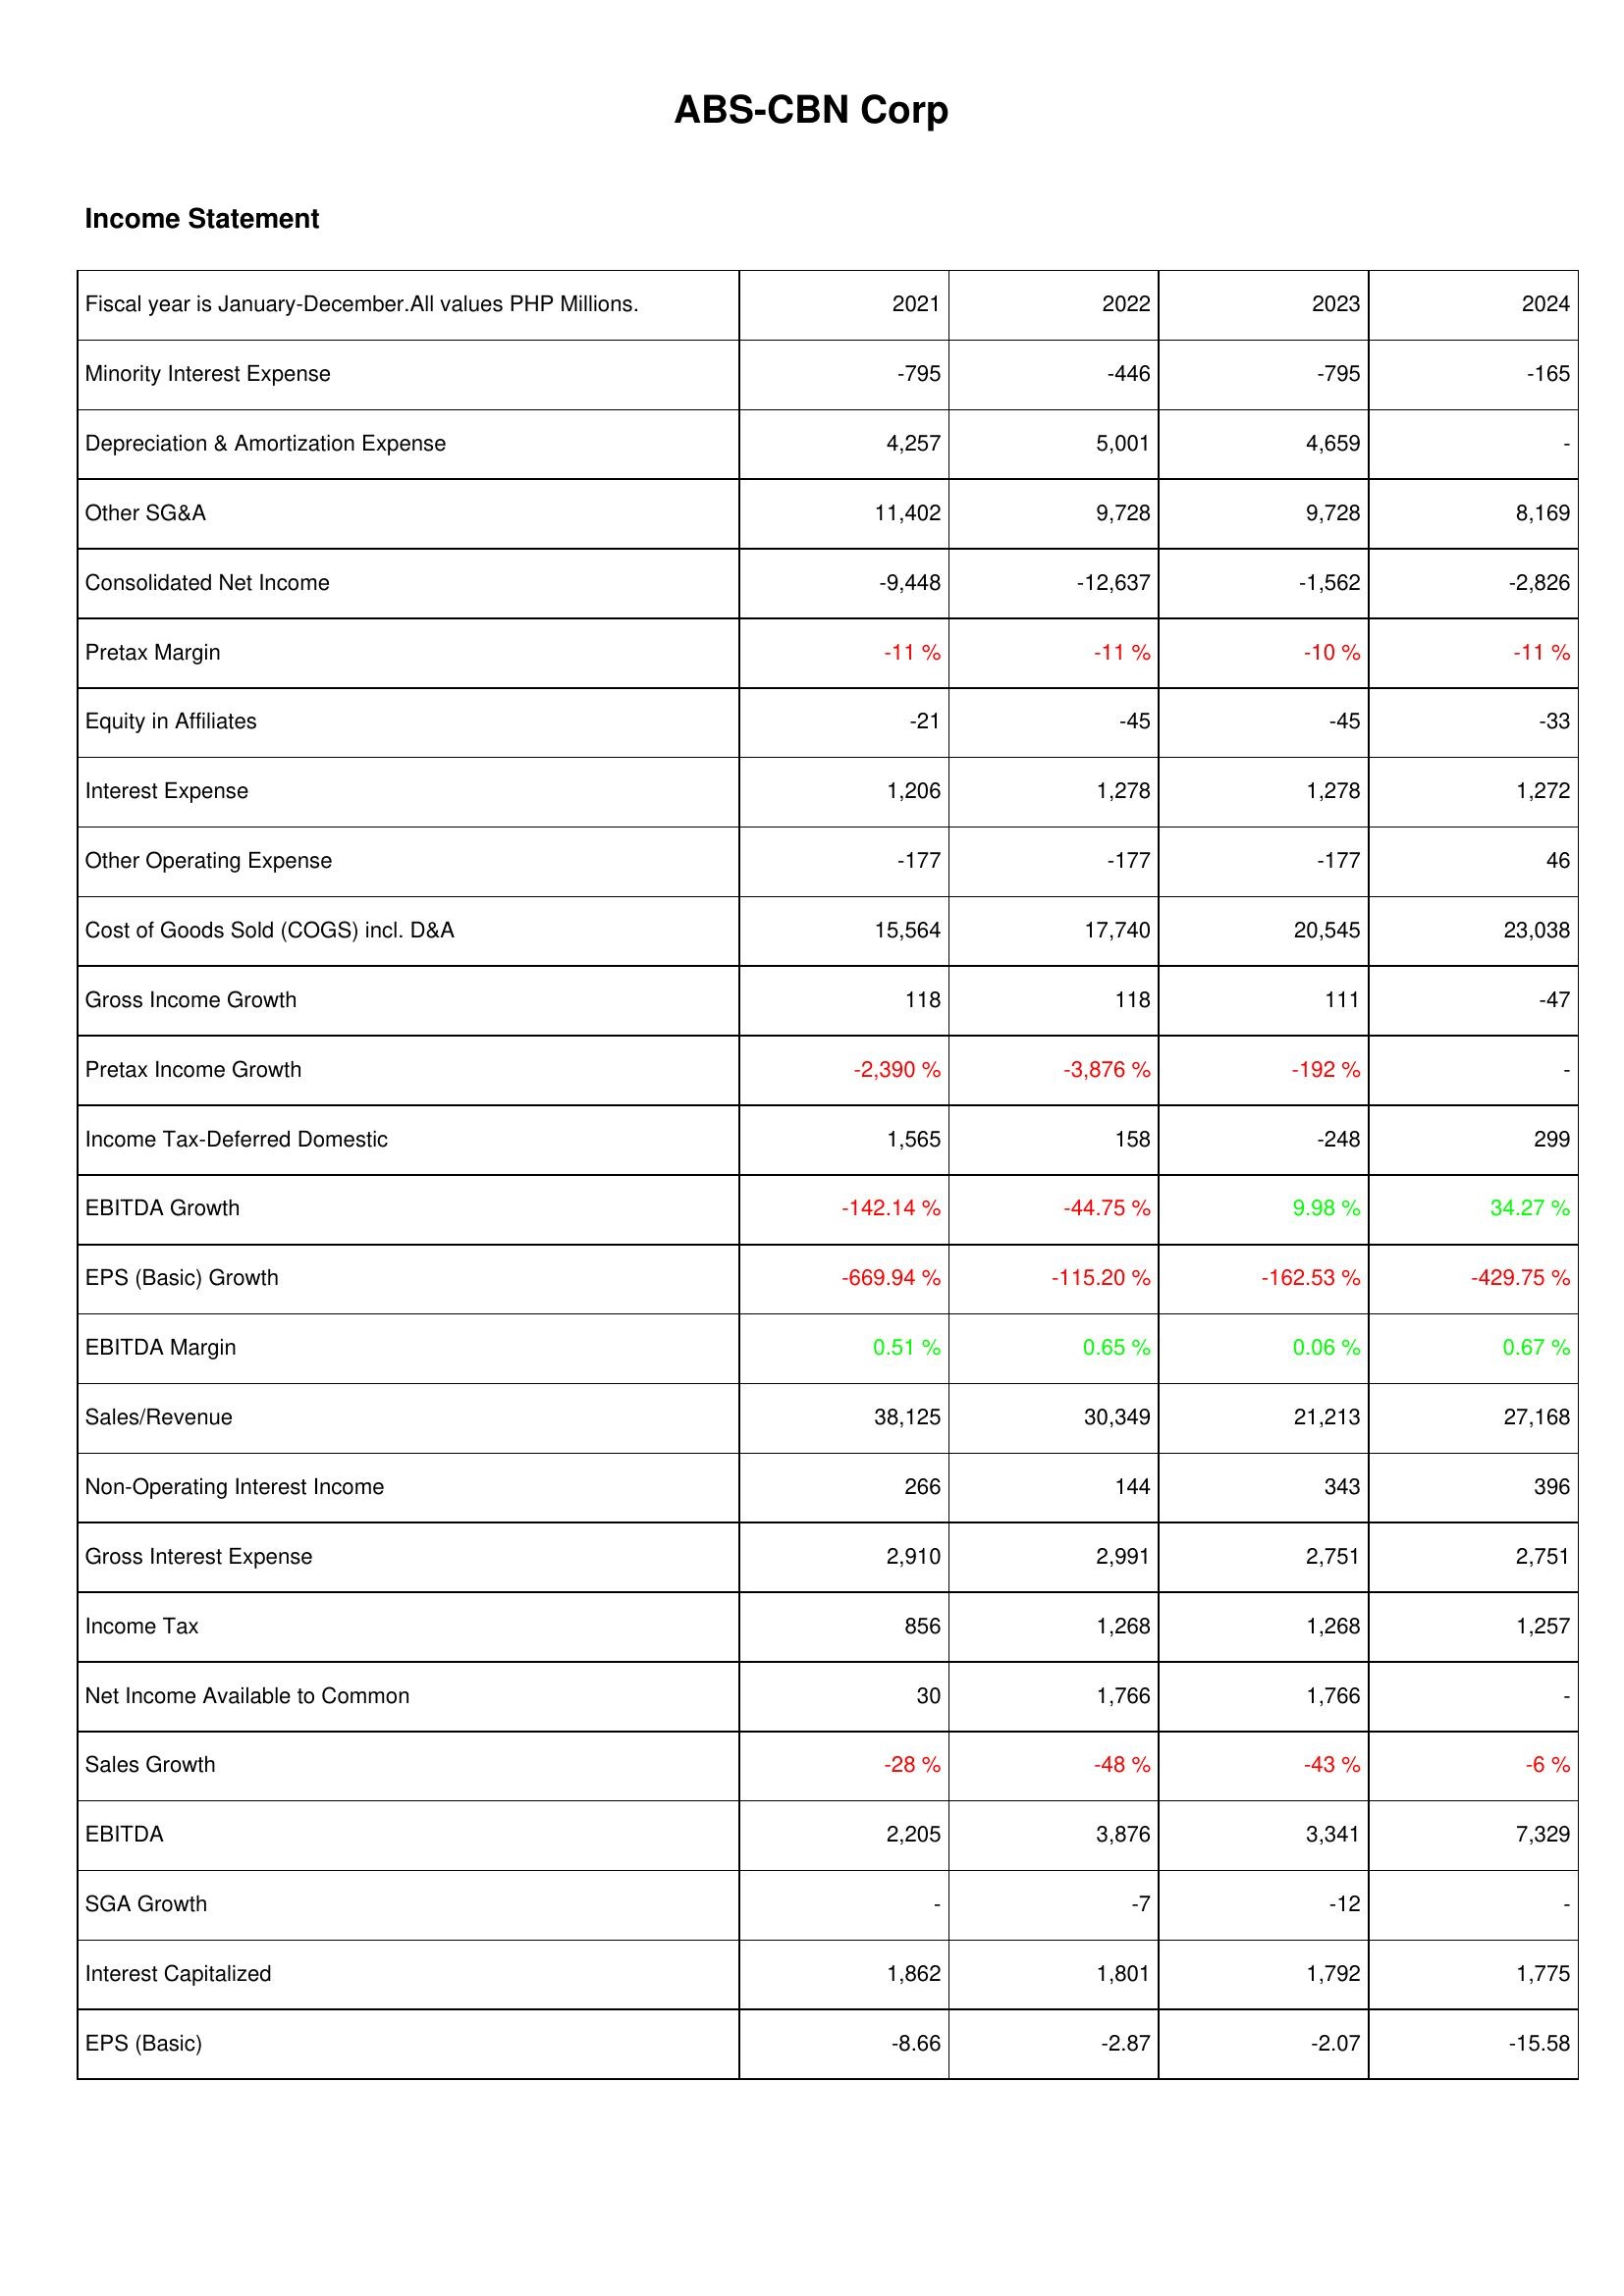
2021: Income Statement: Minority Interest Expense: -795
Depreciation & Amortization Expense: 4,257
Other SG&A: 11,402
Consolidated Net Income: -9,448
Pretax Margin: -11 %
Equity in Affiliates: -21
Interest Expense: 1,206
Other Operating Expense: -177
Cost of Goods Sold (COGS) incl. D&A: 15,564
Gross Income Growth: 118
Pretax Income Growth: -2,390 %
Income Tax-Deferred Domestic: 1,565
EBITDA Growth: -142.14 %
EPS (Basic) Growth: -669.94 %
EBITDA Margin: 0.51 %
Sales/Revenue: 38,125
Non-Operating Interest Income: 266
Gross Interest Expense: 2,910
Income Tax: 856
Net Income Available to Common: 30
Sales Growth: -28 %
EBITDA: 2,205
SGA Growth: -
Interest Capitalized: 1,862
EPS (Basic): -8.66
2022: Income Statement: Minority Interest Expense: -446
Depreciation & Amortization Expense: 5,001
Other SG&A: 9,728
Consolidated Net Income: -12,637
Pretax Margin: -11 %
Equity in Affiliates: -45
Interest Expense: 1,278
Other Operating Expense: -177
Cost of Goods Sold (COGS) incl. D&A: 17,740
Gross Income Growth: 118
Pretax Income Growth: -3,876 %
Income Tax-Deferred Domestic: 158
EBITDA Growth: -44.75 %
EPS (Basic) Growth: -115.20 %
EBITDA Margin: 0.65 %
Sales/Revenue: 30,349
Non-Operating Interest Income: 144
Gross Interest Expense: 2,991
Income Tax: 1,268
Net Income Available to Common: 1,766
Sales Growth: -48 %
EBITDA: 3,876
SGA Growth: -7
Interest Capitalized: 1,801
EPS (Basic): -2.87
2023: Income Statement: Minority Interest Expense: -795
Depreciation & Amortization Expense: 4,659
Other SG&A: 9,728
Consolidated Net Income: -1,562
Pretax Margin: -10 %
Equity in Affiliates: -45
Interest Expense: 1,278
Other Operating Expense: -177
Cost of Goods Sold (COGS) incl. D&A: 20,545
Gross Income Growth: 111
Pretax Income Growth: -192 %
Income Tax-Deferred Domestic: -248
EBITDA Growth: 9.98 %
EPS (Basic) Growth: -162.53 %
EBITDA Margin: 0.06 %
Sales/Revenue: 21,213
Non-Operating Interest Income: 343
Gross Interest Expense: 2,751
Income Tax: 1,268
Net Income Available to Common: 1,766
Sales Growth: -43 %
EBITDA: 3,341
SGA Growth: -12
Interest Capitalized: 1,792
EPS (Basic): -2.07
2024: Income Statement: Minority Interest Expense: -165
Depreciation & Amortization Expense: -
Other SG&A: 8,169
Consolidated Net Income: -2,826
Pretax Margin: -11 %
Equity in Affiliates: -33
Interest Expense: 1,272
Other Operating Expense: 46
Cost of Goods Sold (COGS) incl. D&A: 23,038
Gross Income Growth: -47
Pretax Income Growth: -
Income Tax-Deferred Domestic: 299
EBITDA Growth: 34.27 %
EPS (Basic) Growth: -429.75 %
EBITDA Margin: 0.67 %
Sales/Revenue: 27,168
Non-Operating Interest Income: 396
Gross Interest Expense: 2,751
Income Tax: 1,257
Net Income Available to Common: -
Sales Growth: -6 %
EBITDA: 7,329
SGA Growth: -
Interest Capitalized: 1,775
EPS (Basic): -15.58